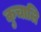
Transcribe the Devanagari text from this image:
कुचालि